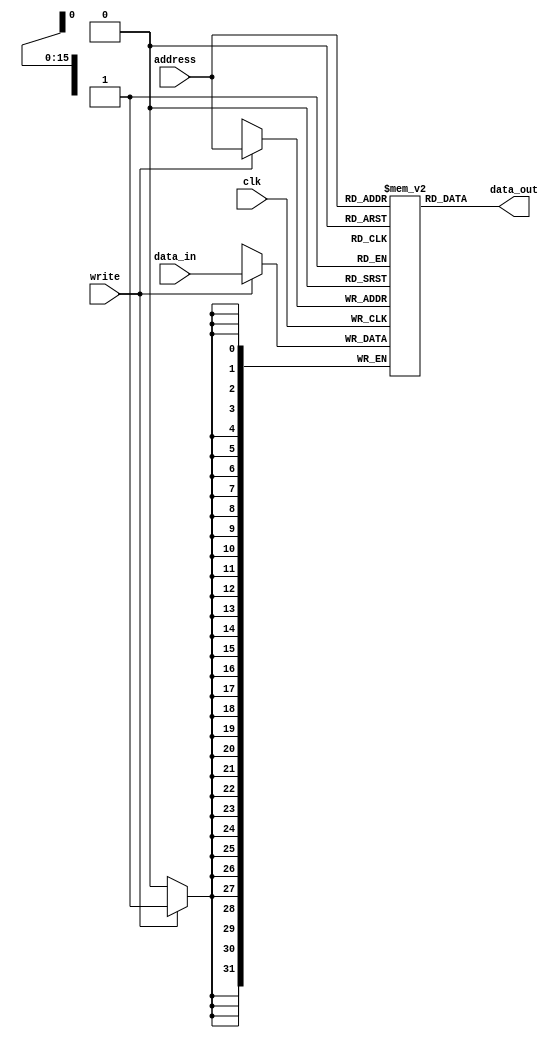
/*******************************
Universidad de Costa Rica
CI-0114: Fundamentos de Arquitectura

Simple memoria lectura asincrnica y escritura sincrnica
basada en Flip Flops
1 Puerto de lectura
1 Puerto de escritura

Ancho de palabra (Datos) 32 bits
Ancho de direcciones 16 bits (64Ki Words)

Contiene las primeras words precargadas
Con algunos valores de prueba

*********************************/

module Mem_D32b_A16b(data_out, data_in, address, write, clk);
  parameter BITS_DATA = 32;
  parameter BITS_ADDR = 16;

  output [BITS_DATA-1:0] data_out;
  input  [BITS_DATA-1:0] data_in;
  input  [BITS_ADDR-1:0] address;
  input                  write;
  input                  clk;
  
  reg [BITS_DATA-1:0] data [(2**BITS_ADDR)-1:0];
  
  assign data_out = data[address];
  
  always @(negedge clk) begin
    if (write) begin
      data[address] <= data_in;
    end
  end
  
  // Para leer/escribir archivos de texto como memorias en verilog (nos permite una inicializacin ms flexible)
  // https://stackoverflow.com/questions/628603/what-is-the-function-of-readmemh-and-writememh-in-verilog
  // Otro tutorial: https://www.fullchipdesign.com/readmemh.htm
  //
  // De momento, los datos se inicializan manualmente
  initial begin    
    //data[0] = 'h00000000;
	  //data[0] = 'hFFFFFFFF; //el estado HLT funciona correctamente
	  //data[0] = 'h0000FFFF;
    //00001001 xxxxx000
    //data[1] = 'h01005555;
    //data[2] = 'h33331111;
	  //data[3] = 'hFFFFFFFF;
    //data[3] = 'h00000000;
    //data[4] = 'h00000000;
    //data[5] = 'hF8000000;
data[0] = 'b00001_000_00000000_0000000000001100;
data[1] = 'b00001_001_00000000_0000000000000001;
data[2] = 'b00001_010_00000000_0000000000000001;
data[3] = 'b00001_011_00000000_0000000000000001;
data[4] = 'b10111_000_00000001_0000000000000010;
data[5] = 'b10101_000_00000010_0000000000000011;
data[6] = 'b11010_000_00000000_1111101000000001;
data[7] = 'b00010_000_00000001_0001111101000000;
data[8] = 'b00000_000_00000000_0000000000000000;
    /*

00001_000_00000000_0000000000001100		--> 12 en r0
00001_001_00000000_0000000000000001		--> 1 en r1
00001_010_00000000_0000000000000001		--> 1 en r2
00001_011_00000000_0000000000000001		--> 1 en r3	(const)
10111_000_00000001_0000000000000010		--> multiplicar r1 y r2, guardar resultado en r1
10101_000_00000010_0000000000000011		--> add 1 to r2
11010_000_00000000_1111101000000001		-->salta a 0X8000 si r0 (000) == r1 (001)
00010_000_00000001_0001111101000000		--> se guarda el contenido de r1 en 0X8000
00000_000_00000000_0000000000000000


    */
  end
  
  // Workaround para lograr visualizar la memoria en gtkwave
  // Agregamos solo los primeros 64 entries para no hacer la simulacin
  // innecesariamente lenta
  generate
    genvar idx;
    for(idx = 0; idx < 64; idx = idx + 1) begin: register
      wire [31:0] tmp;
      assign tmp = data[idx];
    end
  endgenerate

endmodule